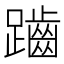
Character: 𪘏